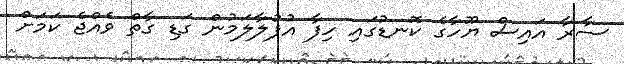
ސާރާ އައިސް ޔޫހާގެ ކޮނޑުގައި ހިފާ އުފުލާލަމުން ގަޑި ގާތް ވެއްޖެ ކަމަށް